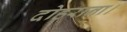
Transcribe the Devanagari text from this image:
दोहराना।